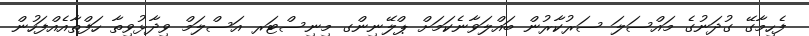
ފެހިމާގޭ ގުދަނުގެ މައްސަލަ ސަރުކާރުން ބައްލަވާނެކަމަށް ޕްލޭނިންގ މިނިސްޓަރ އަސްލަމް ވިދާޅުވިތާ ހަފްތާއެއްފަހުން